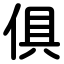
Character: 俱